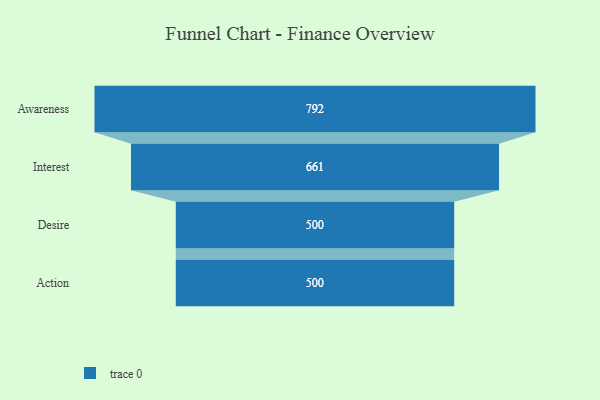
{"axis": {"x": "Stage", "y": "Value"}, "legend": [""], "data": [{"x": "Awareness", "y": 792.0, "type": ""}, {"x": "Interest", "y": 661.0, "type": ""}, {"x": "Desire", "y": 500, "type": ""}, {"x": "Action", "y": 500, "type": ""}]}